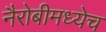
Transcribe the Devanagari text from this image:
नैरोबीमध्येच